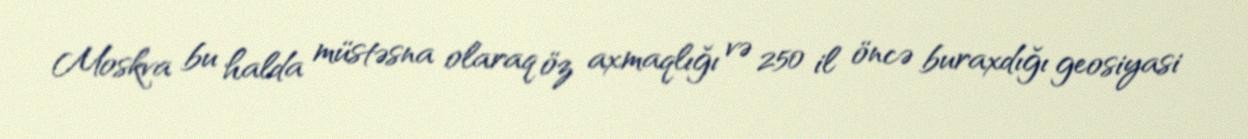
Moskva bu halda müstəsna olaraq öz axmaqlığı və 250 il öncə buraxdığı geosiyasi